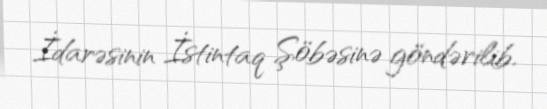
İdarəsinin İstintaq Şöbəsinə göndərilib.